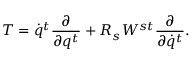
T = \dot { q } ^ { t } \frac { \partial } { \partial q ^ { t } } + R _ { s } W ^ { s t } \frac { \partial } { \partial \dot { q } ^ { t } } .